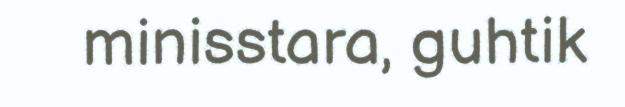
minisstara, guhtik